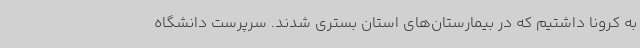
به کرونا داشتیم که در بیمارستان‌های استان بستری شدند. سرپرست دانشگاه